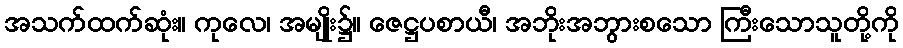
အသက်ထက်ဆုံး။ ကုလေ၊ အမျိုး၌။ ဇေဋ္ဌပစာယီ၊ အဘိုးအဘွားစသော ကြီးသောသူတို့ကို